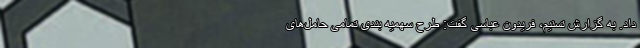
داد. به گزارش تسنیم، فریدون عباسی گفت: طرح سهمیه بندی تمامی حامل‌های